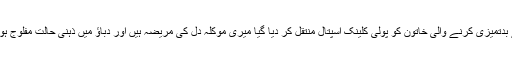
پولیس سے بدتمیزی کرنے والی خاتون کو پولی کلینک اسپتال منتقل کر دیا گیا میری موکلہ دل کی مریضہ ہیں اور دباؤ میں ذہنی حالت مفلوج ہو جاتی ہے۔